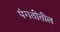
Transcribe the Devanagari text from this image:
पंगतीतील